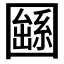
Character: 𡈱